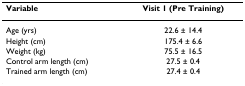
<table><thead><tr><td><b>Variable</b></td><td><b>Visit 1 (Pre Training)</b></td></tr></thead><tbody><tr><td>Age (yrs)</td><td>22.6 ± 14.4</td></tr><tr><td>Height (cm)</td><td>175.4 ± 6.6</td></tr><tr><td>Weight (kg)</td><td>75.5 ± 16.5</td></tr><tr><td>Control arm length (cm)</td><td>27.5 ± 0.4</td></tr><tr><td>Trained arm length (cm)</td><td>27.4 ± 0.4</td></tr></tbody></table>